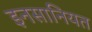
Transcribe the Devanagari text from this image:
इनसानियत